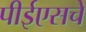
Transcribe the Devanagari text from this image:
पीईएसचे